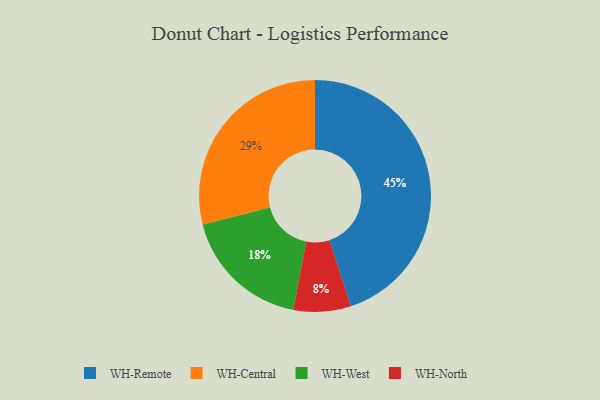
{"axis": {"x": "Category", "y": "Percentage"}, "legend": ["WH-Central", "WH-North", "WH-Remote", "WH-West"], "data": [{"x": "WH-Central", "y": 29, "type": "WH-Central"}, {"x": "WH-Remote", "y": 45, "type": "WH-Remote"}, {"x": "WH-North", "y": 8, "type": "WH-North"}, {"x": "WH-West", "y": 18, "type": "WH-West"}]}